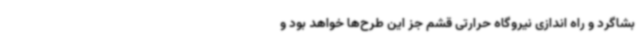
بشاگرد و راه اندازی نیروگاه حرارتی قشم جز این طرح‌ها خواهد بود و